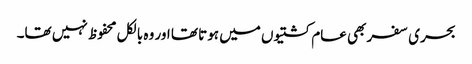
بحری سفر بھی عام کشتیوں میں ہوتا تھا اور وہ بالکل محفوظ نہیں تھا۔